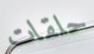
حلقات